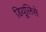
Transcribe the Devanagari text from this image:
डियूलिसे